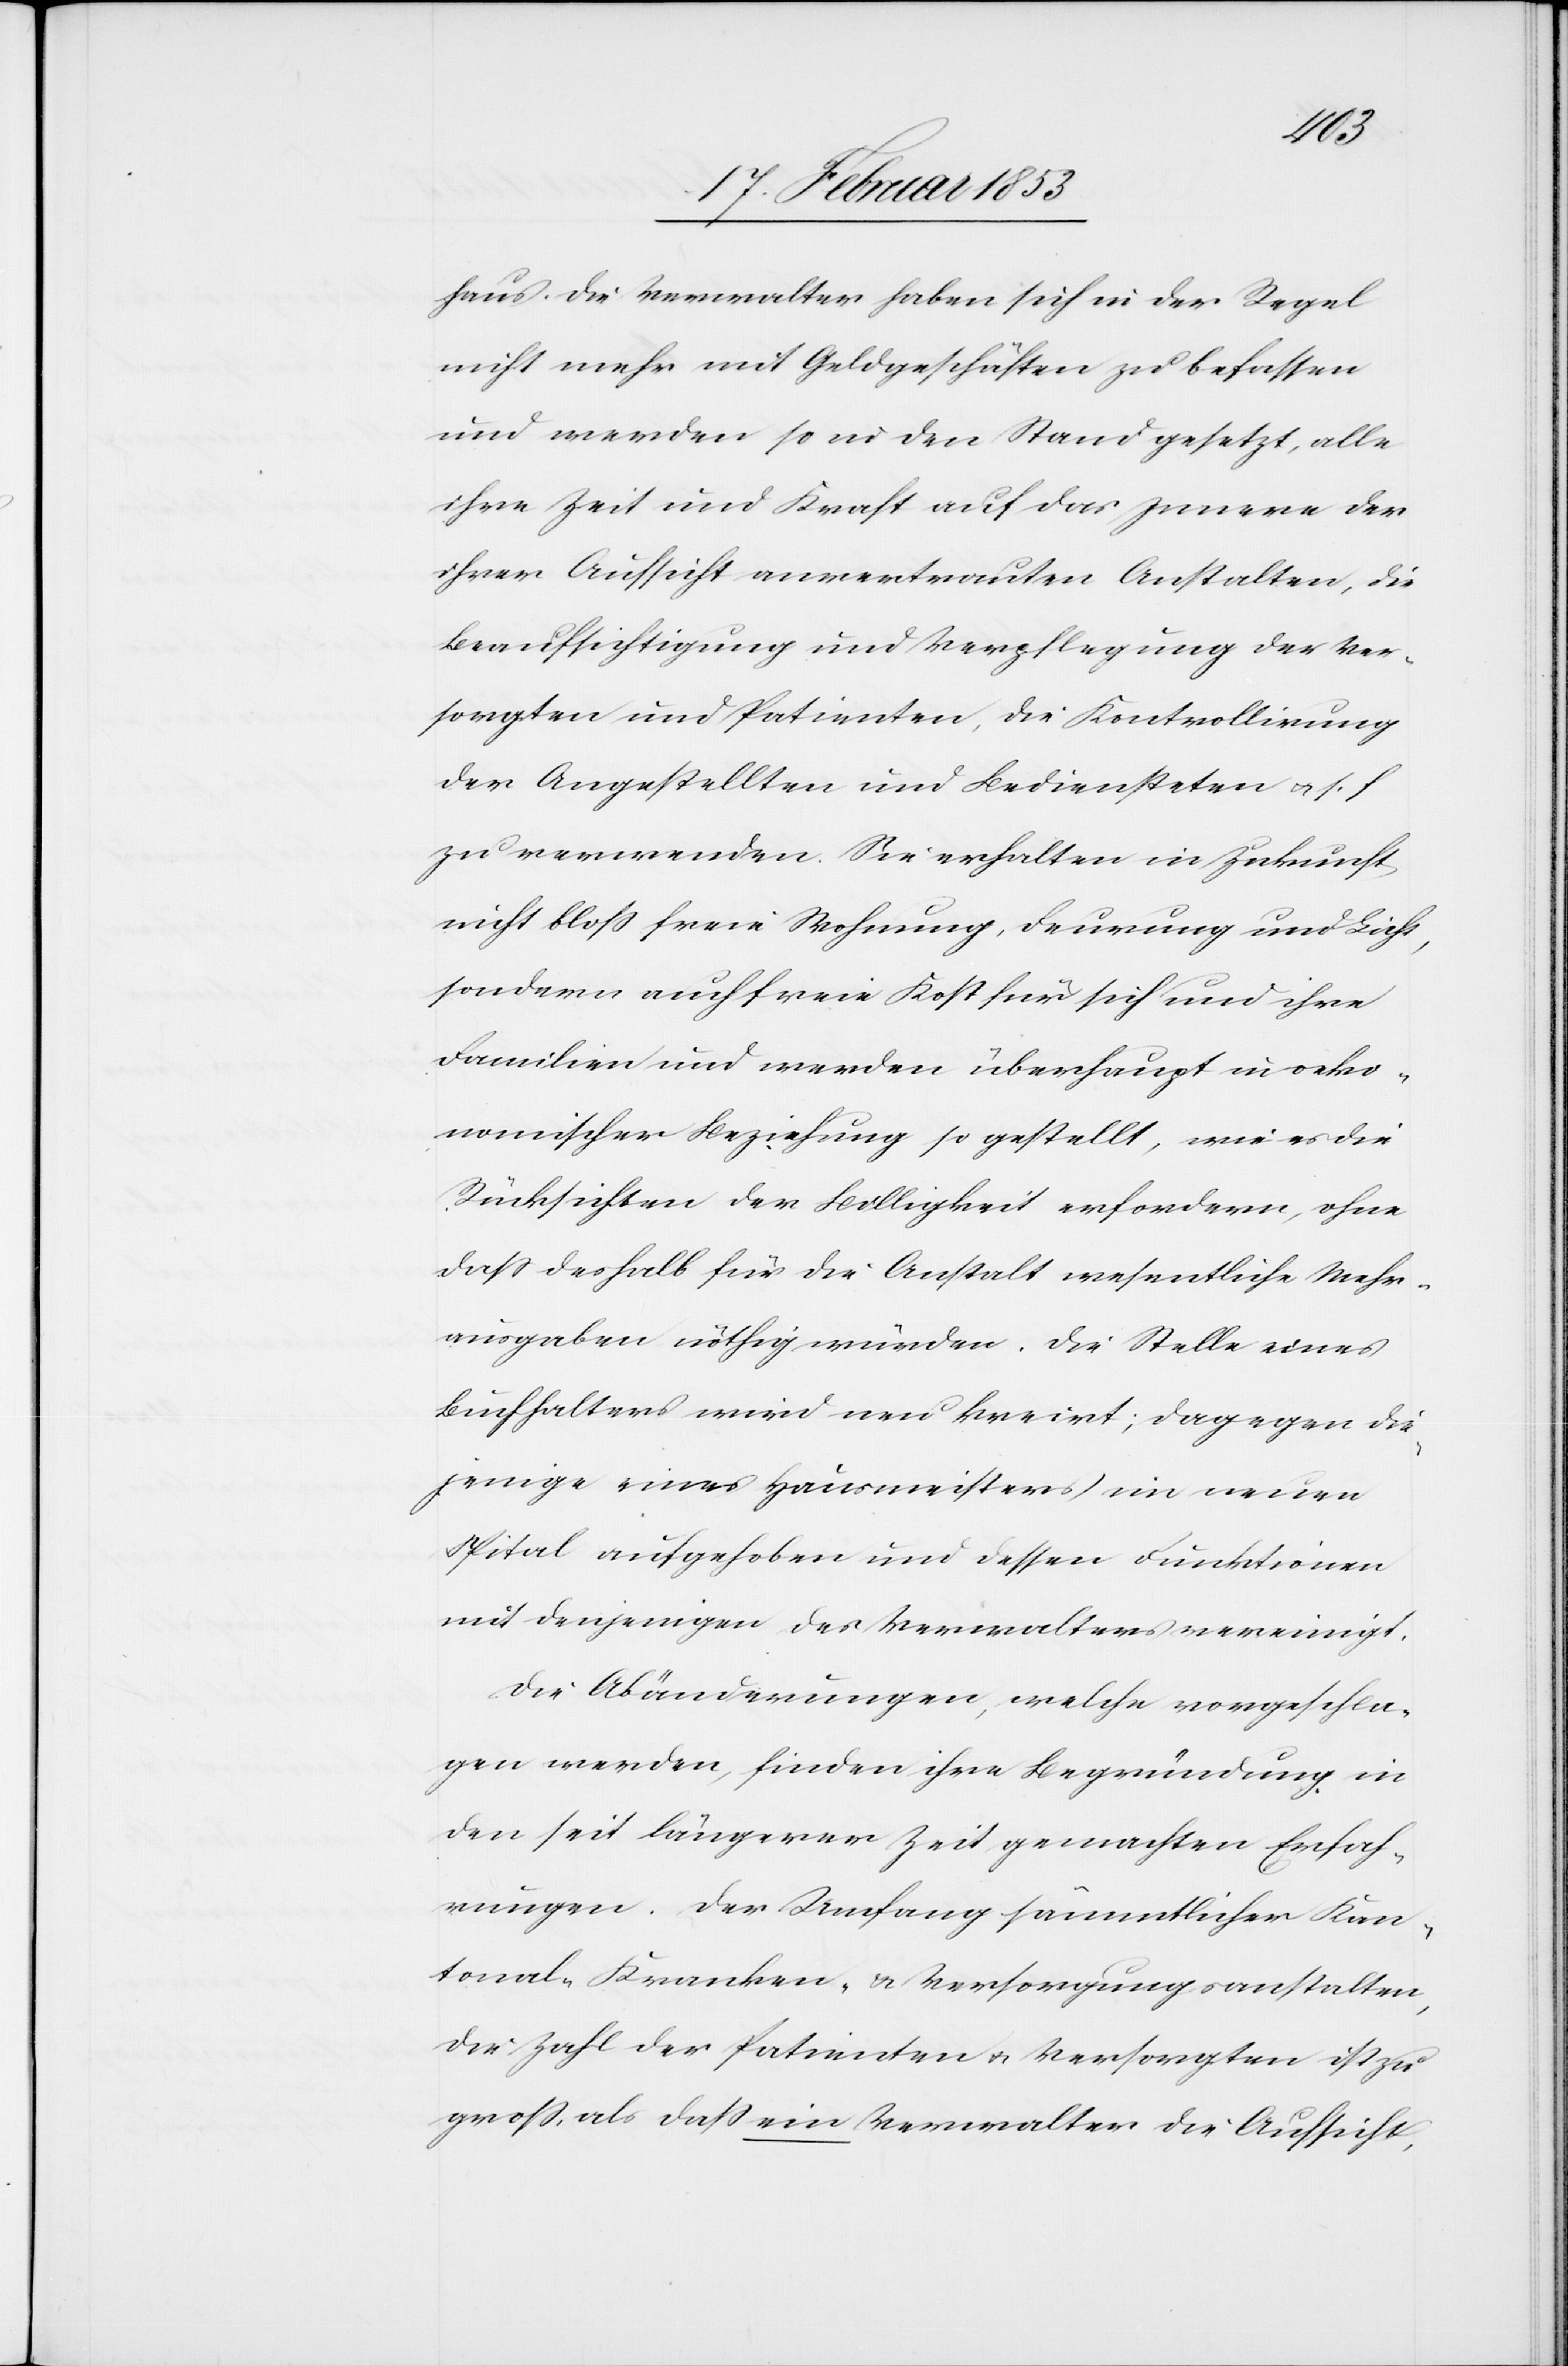
haus. Die Verwalter haben sich in der Regel
nicht mehr mit Geldgeschäften zu befassen
und werden so in den Stand gesetzt, alle
ihre Zeit und Kraft auf das Innere der
ihrer Aufsicht anvertrauten Anstalten, die
Beaufsichtigung und Verpflegung der Ver¬
sorgten und Patienten, die Kontrollirung
der Angestellten und Bediensteten u. s. f.
zu verwenden. Sie erhalten in Zukunft
nicht bloß freie Wohnung, Feurung und Licht,
sondern auch freie Kost für sich und ihre
Familien und werden überhaupt in oeko¬
nomischer Beziehung so gestellt, wie es die
Rücksichten der Billigkeit erfordern, ohne
daß deshalb für die Anstalt wesentliche Mehr¬
ausgaben nöthig würden. Die Stelle eines
Buchhalters wird neu kreirt; dagegen die¬
jenige eines Hausmeisters im neuen
Spital aufgehoben und dessen Funktionen
mit denjenigen des Verwalters vereinigt.
Die Abänderungen, welche vorgeschla¬
gen werden, finden ihre Begründung in
den seit längerer Zeit gemachten Erfah¬
rungen. Den Umfang sämmtlicher Kan¬
tonal-Kranken- u. Versorgungsanstalten,
die Zahl der Patienten-Versorgten ist zu
groß, als daß ein Verwalter die Aufsicht,